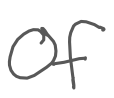
Text: of
Cross-out: clean
Writing tool: digital_gray